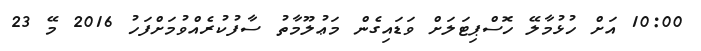
10:00 އަށް ހުޅުމާލޭ ހޮސްޕިޓަލަށް ވަޑައިގެން މަޢުލޫމާތު ސާފުކުރެއްވުމަށްފަހު 2016 މޭ 23